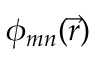
\phi _ { m n } ( \vec { r } )